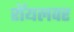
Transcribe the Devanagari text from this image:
रॉयलवर